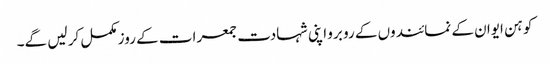
کوہن ایوان کے نمائندوں کے رو برو اپنی شہادت جمعرات کے روز مکمل کر لیں گے۔